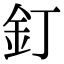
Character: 釘